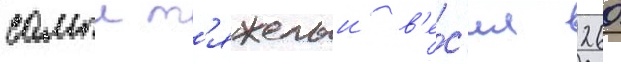
самыи т'яжелыи в'е́с'ил 260